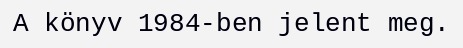
A könyv 1984-ben jelent meg.